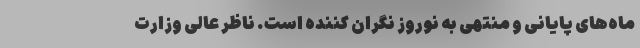
ماه‌های پایانی و منتهی به نوروز نگران کننده است. ناظر عالی وزارت